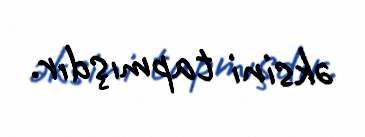
əksini tapmışdır.